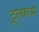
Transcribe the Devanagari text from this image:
टूलरूम